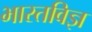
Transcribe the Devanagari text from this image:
भारतविज्ञ